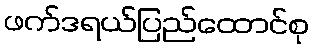
ဖက်ဒရယ်ပြည်ထောင်စု